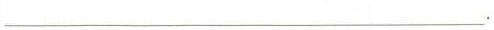
___.